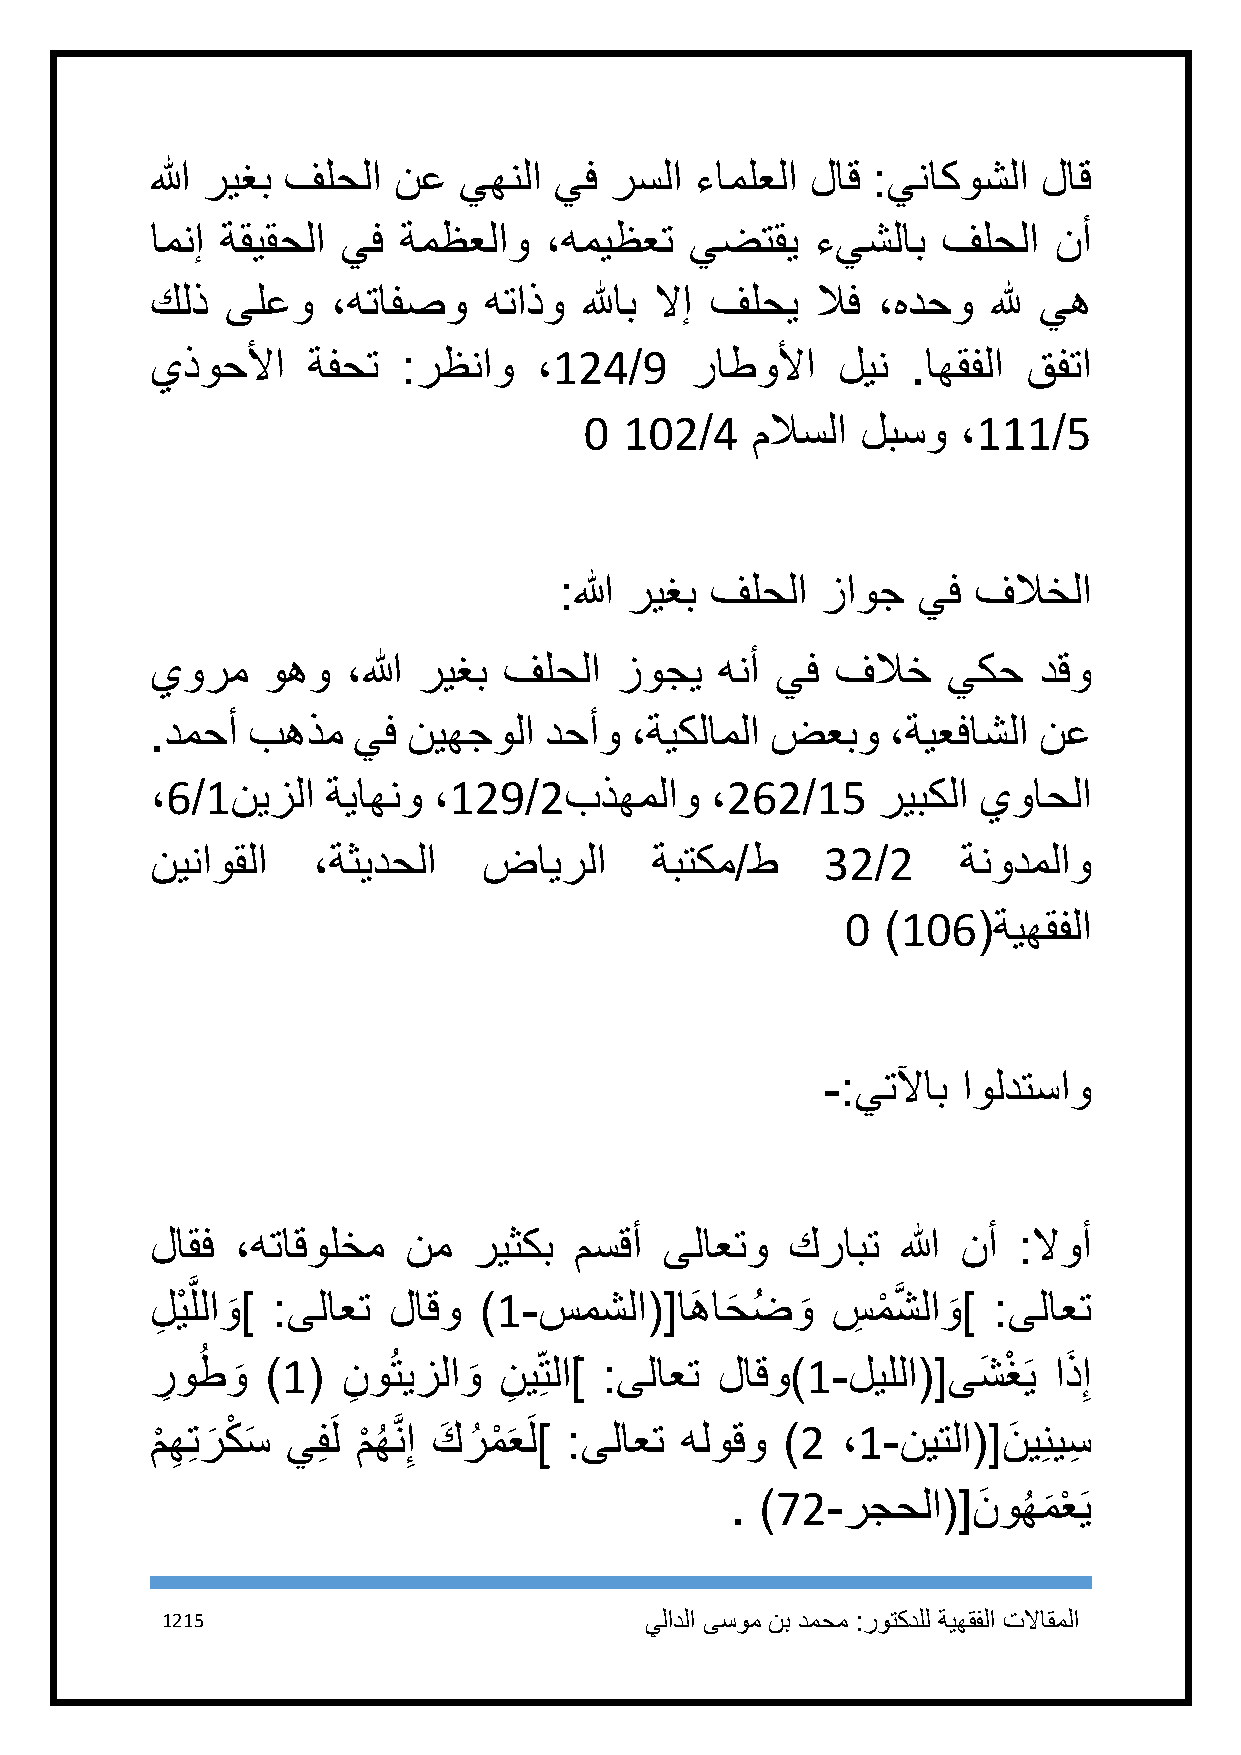
الله ريغب فلحلا نع  يهنلا  يف رسلا  ءاملعلا لاق :يناكوشلا  لاق
 امنإ ةقيقحلا يف ةمظعلاو   ،هميظعت   يضتقي   ءيشلاب  فلحلا   نأ
 كلذ  ىلعو   ،هتافصو   هتاذو  للهاب لاإ فلحي لاف ،هدحو   لله يه
 يذوحلأا   ةفحت   :رظناو   ،124/9    راطولأا  لين  .اهقفلا قفتا
 1 112/4    ملاسلا لبسو   ،111/5
 :الله ريغب فلحلا زاوج   يف فلاخلا
 يورم   وهو   ،الله ريغب فلحلا  زوجي   هنأ يف فلاخ    يكح   دقو
 .دمحأ بهذم   يف  نيهجولا  دحأو  ،ةيكلاملا ضعبو   ،ةيعفاشلا نع
 ،6/1نيزلا   ةياهنو ،129/2بذهملاو     ،262/15    ريبكلا يواحلا
 نيناوقلا   ،ةثيدحلا   ضايرلا     ةبتكم/ط     32/2     ةنودملاو
 1  )116(ةيهقفلا
 -:يتلآاب اولدتساو
 لاقف  ،هتاقولخم  نم  ريثكب  مسقأ  ىلاعتو  كرابت   الله نأ :لاوأ
 َّ
 لِ يْ للاو
 َ
 ] :ىلاعت  لاقو  )1-سمشلا([اهَ  احَ ضُ و
 َ
 سِ مْ شَّ لاو
 َ
 ] :ىلاعت
 ر
 ِ
 وطُ و
 َ
 )1(  ن
 ِ
 وُتيزلاو
 َ
 ن
 ِ
 ي ِتلاَ] :ىلاعت لاقو)1-ليللا([ىشَ غْ َي اذَ ِإ
 م
 ْ
 ه
 ِ
 ِتر
 َ
 كْ سَ يفِ َل م
 ْ
 هُ َّن ِإ كَ رُ مْ َعَل] :ىلاعت هلوقو )2 ،1-نيتلا([ نَ يِنيسِ
 . )72-رجحلا([   نَ وهُ م
 َ
 عْ َي
 1215                            يلادلا ىسوم نب دمحم :روتكدلل ةيهقفلا تلااقملا